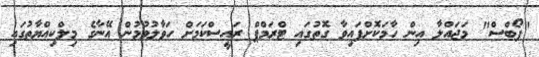
"ފޯބްސް" މަޖައްލާ އިން ހާމަކޮށްފައިވާ ގޮތުގައި ޓްރަމްޕް ރައީސްކަމަށް ހަވާލުވުމުން އޭނާގެ މިލްކިއްޔާތުގައި